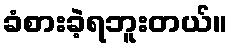
ခံစားခဲ့ရဘူးတယ်။